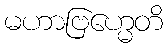
မဟာဗြဟ္မေတိ